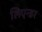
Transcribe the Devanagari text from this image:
लिएन्डर